Regulations for the medical services of the Army of India
Year: 1930
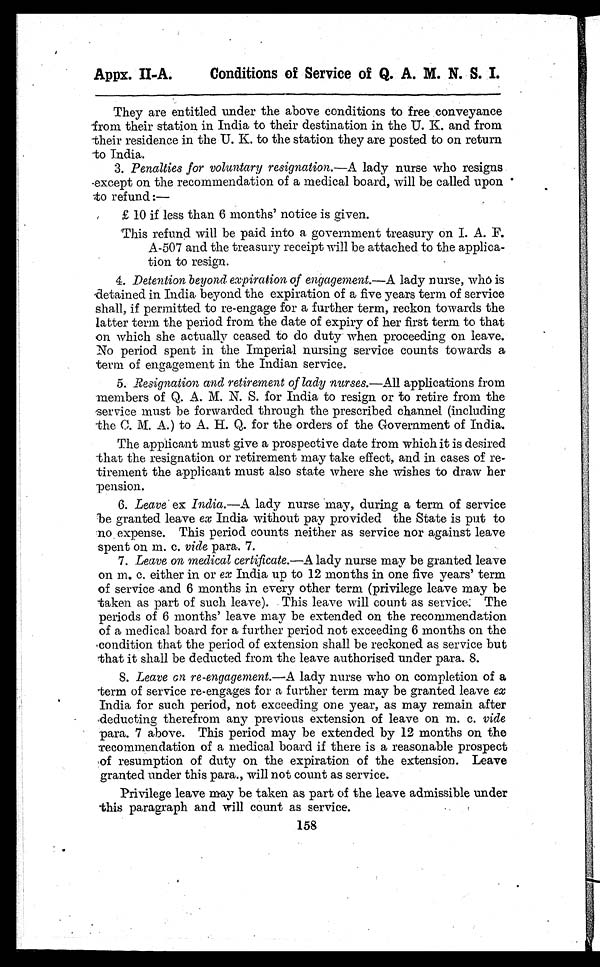
Appx. II-A.
Conditions of Service of Q. A. M. N. S. I.
They are entitled under the above conditions to free conveyance
from their station in India to their destination in the U. K. and from
their residence in the U. K. to the station they are posted to on return
-to India.
3. Penalties for voluntary resignation .—A lady nurse who resigns
except on the recommendation of a medical board, will be called upon
to refund :-
£ 10 if less than 6 months' notice is given.
This refund will be paid into a government treasury on I. A. F.
A-507 and the treasury receipt will be attached to th.e applica-
tion to resign.
4. Detention beyond expiration of engagement .—A lady nurse, who is
detained in India. beyond the expiration of a five years term of service
shall, if permitted to re-engage for a further term, reckon towards the
latter term the period from the date of expiry of her first term to that
on which she actually ceased to do duty when proceeding on leave.
No period spent in the Imperial nursing service counts towards a
term of engagement in the Indian service.
5. Resignation and retirement of lady nurses.— All applications from
members of Q. A. M. N. S. for India to resign or to retire from the
service must be forwarded through the prescribed channel (including
the C. M. A.) to A. H. Q. for the orders of the Government of India.
The applicant must give a prospective date from which it is desired
that the resignation or retirement may take effect, and in cases of re-
tirement the applicant must also state where she wishes to draw her
pension.
6. Leave ex India.—A lady nurse may, during a term of service
be granted leave ex India without pay provided the State is put to
no expense. This period counts neither as service nor against leave
spent on m. c. vide para. 7.
7. Leave on medical certificate.—A lady nurse may be granted leave
on m. c. either in or ex India up to 12 months in one five years' term
of service and 6 months in every other term (privilege leave may be
taken as part of such leave). This leave will count as service. The
periods of 6 months' leave may be extended on the recommendation
of a medical board for a further period not exceeding 6 months on the
condition that the period of extension shall be reckoned as service but
that it shall be deducted from the leave authorised under para. 8.
8. Leave on re-engagement.— A lady nurse who on completion of a
term of service re-engages for a further term may be granted leave ex
India for such period, not exceeding one year, as may remain after
deducting therefrom any previous extension of leave on m. c. vide
para. 7 above. This period may be extended by 12 months on the
rrecommendation of a medical board if there is a reasonable prospect
of resumption of duty on the expiration of the extension. Leave
granted under this para., will not count as service.
Privilege leave may be taken as part of the leave admissible under
this paragraph and will count as service.
158